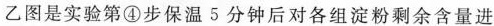
乙图是实验第④步保温5分钟后对各组淀粉剩余含量进